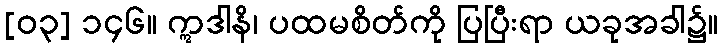
[၀၃] ၁၄၆။ ဣဒါနိ၊ ပထမစိတ်ကို ပြပြီးရာ ယခုအခါ၌။